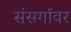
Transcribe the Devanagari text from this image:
संसर्गावर